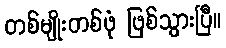
တစ်မျိုးတစ်ဖုံ ဖြစ်သွားပြီ။